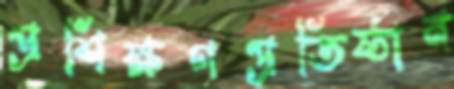
প্রশিক্ষণপ্রতিষ্ঠান